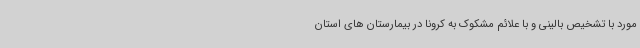
مورد با تشخیص بالینی و با علائم مشکوک به کرونا در بیمارستان های استان